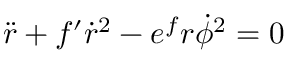
\ddot { r } + f ^ { \prime } \dot { r } ^ { 2 } - e ^ { f } r \dot { \phi } ^ { 2 } = 0